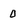
Character: 0